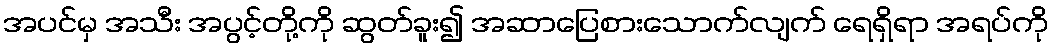
အပင်မှ အသီး အပွင့်တို့ကို ဆွတ်ခူး၍ အဆာပြေစားသောက်လျက် ရေရှိရာ အရပ်ကို